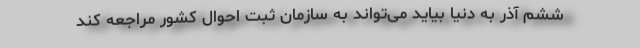
ششم آذر به دنیا بیاید می‌تواند به سازمان ثبت احوال کشور مراجعه کند